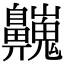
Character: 𪖾